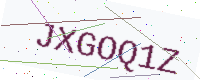
Text: JXGOQ1Z